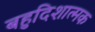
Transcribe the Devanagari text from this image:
बहुदिशात्मक